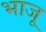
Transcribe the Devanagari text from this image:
भाजू